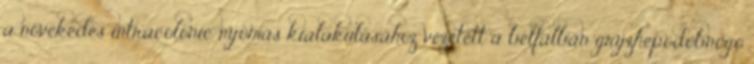
a növekedés intracolonic nyomás kialakulásához vezetett a bélfalban gryzhepodobnogo